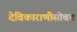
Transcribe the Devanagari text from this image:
देविकाराणीसोबत